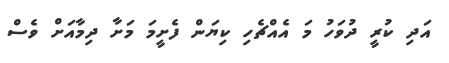
އަދި ކުރީ ދުވަހު މަ އެއްޗެހި ކިޔަން ފެށީމަ މަށާ ދިމާއަށް ވެސް